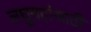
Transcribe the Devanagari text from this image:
लघुग्रहांसाठी